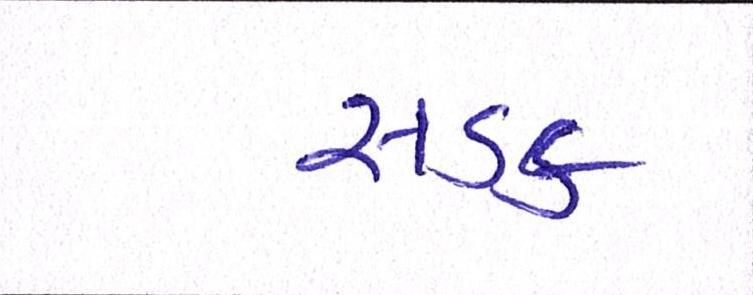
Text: સડક